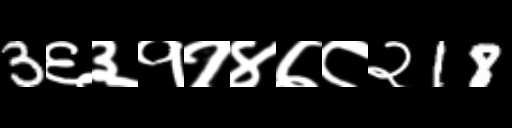
Text: 3६३११४७८२18